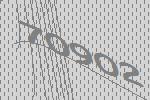
70902